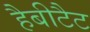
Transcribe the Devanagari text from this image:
हैबीटैट